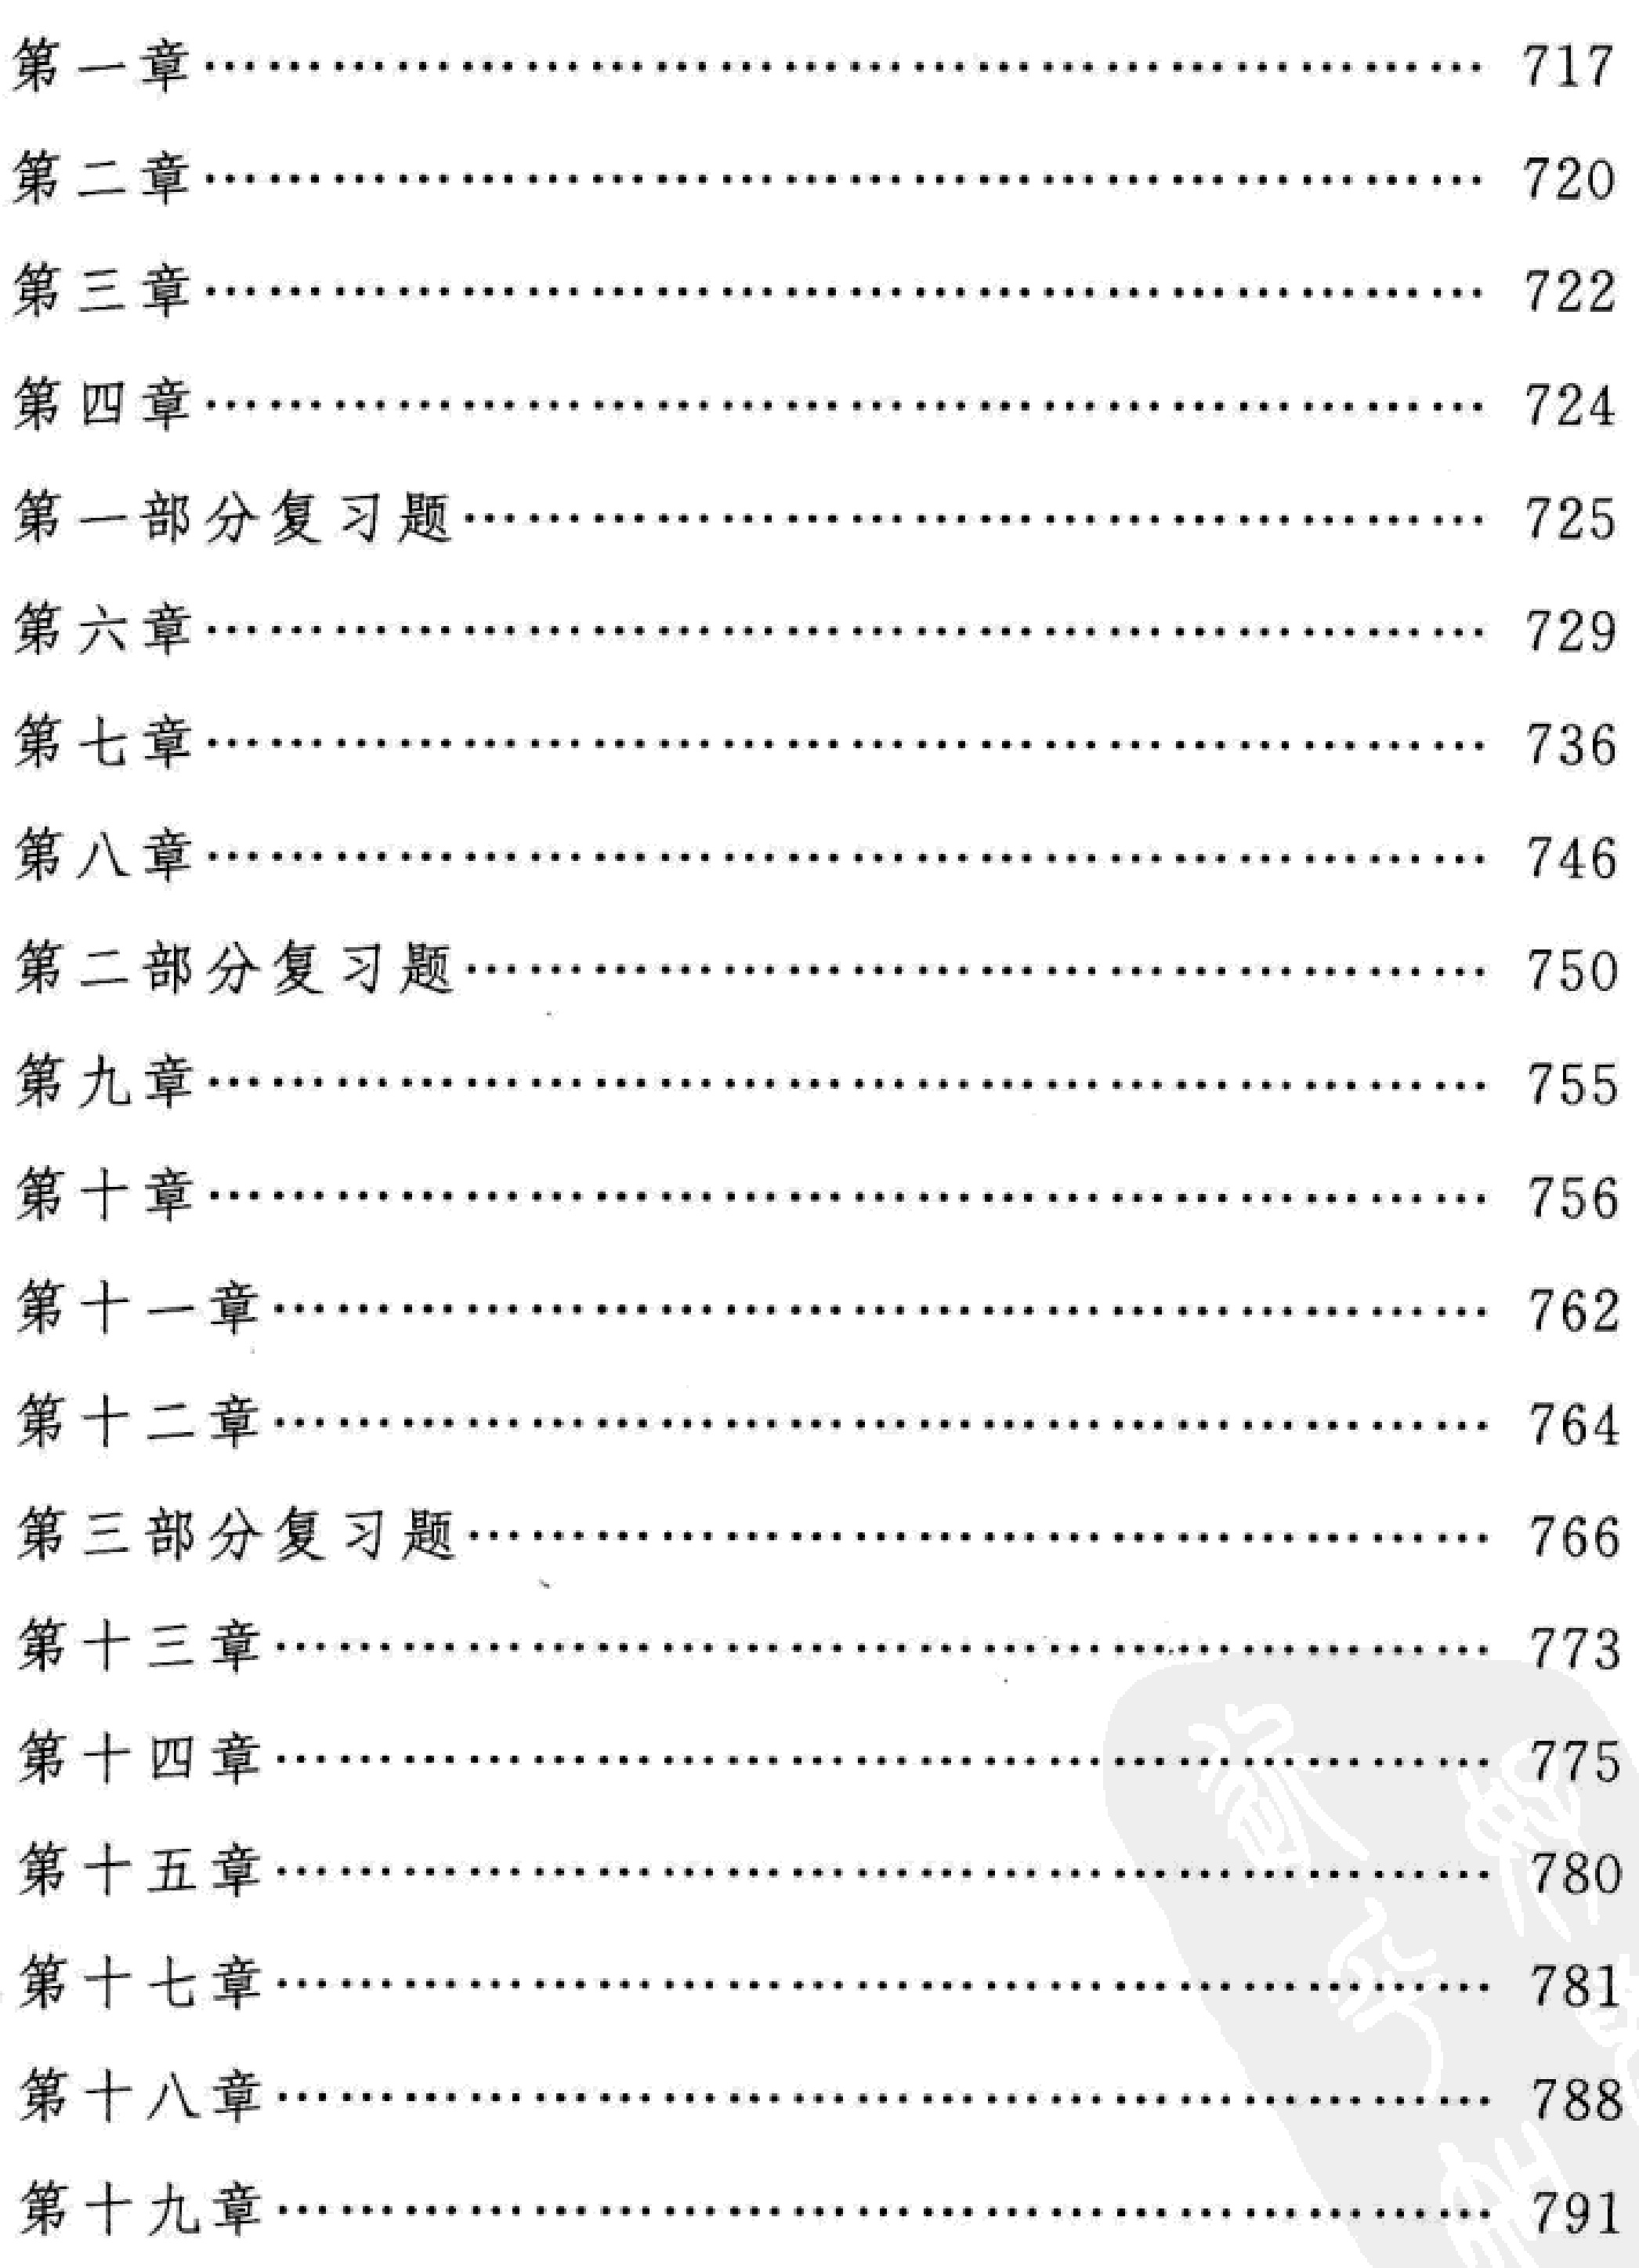
\begin{enumerate}

\item 第一章\hfill 717

\item 第二章\hfill 720

\item 第三章\hfill 722

\item 第四章\hfill 724

\item 第一部分复习题\hfill 725

\item 第六章\hfill 729

\item 第七章\hfill 736

\item 第八章\hfill 746

\item 第二部分复习题\hfill 750

\item 第九章\hfill 755

\item 第十章\hfill 756

\item 第十一章\hfill 762

\item 第十二章\hfill 764

\item 第三部分复习题\hfill 766

\item 第十三章\hfill 773

\item 第十四章\hfill 775

\item 第十五章\hfill 780

\item 第十七章\hfill 781

\item 第十八章\hfill 788

\item 第十九章\hfill 791

\end{enumerate}